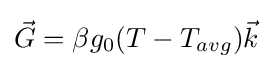
{\vec {G}}=\beta g_{0}(T-T_{avg}){\vec {k}}